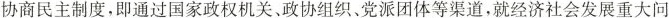
协商民主是我国人民民主的重要形式。”要健全社会主义协商民主制度，即通过国家政权机关，政协组织、党派团体等渠道，就经济社会发展重大问